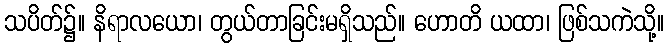
သပိတ်၌။ နိရာလယော၊ တွယ်တာခြင်းမရှိသည်။ ဟောတိ ယထာ၊ ဖြစ်သကဲသို့။